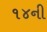
૧૪ની